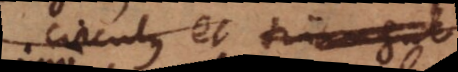
circulus et triangul